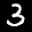
Label: 3